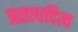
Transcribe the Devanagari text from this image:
प्रतापदित्य